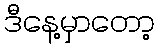
ဒီနေ့မှာတော့